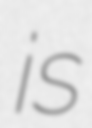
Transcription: is